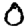
Digit: 0